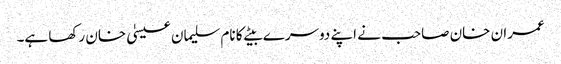
عمران خان صاحب نے اپنے دوسرے بیٹے کا نام سلیمان عیسیٰ خان رکھا ہے۔